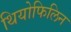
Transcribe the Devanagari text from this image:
थियोफिलिन